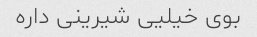
بوی خیلیی شیرینی داره